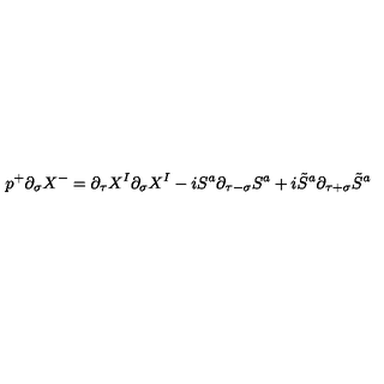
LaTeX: p ^ { + } \partial _ { \sigma } X ^ { - } = \partial _ { \tau } X ^ { I } \partial _ { \sigma } X ^ { I } - i S ^ { a } \partial _ { \tau - \sigma } S ^ { a } + i \tilde { S } ^ { a } \partial _ { \tau + \sigma } \tilde { S } ^ { a }